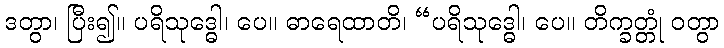
ဒတွာ၊ ပြီး၍။ ပရိသုဒ္ဓေါ၊ ပေ။ ဓာရေထာတိ၊ “ပရိသုဒ္ဓေါ၊ ပေ။ တိက္ခတ္တုံ ဝတွာ